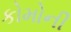
કોમોની